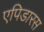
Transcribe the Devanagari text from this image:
एपिडारस